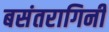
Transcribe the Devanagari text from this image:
बसंतरागिनी